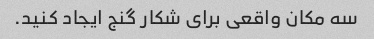
سه مکان واقعی برای شکار گنج ایجاد کنید.